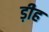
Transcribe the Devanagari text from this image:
ड़ीह